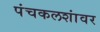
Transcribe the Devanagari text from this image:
पंचकलशांवर